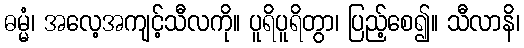
ဓမ္မံ၊ အလေ့အကျင့်သီလကို။ ပူရိပူရိတွာ၊ ပြည့်စေ၍။ သီလာနိ၊